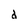
Character: d